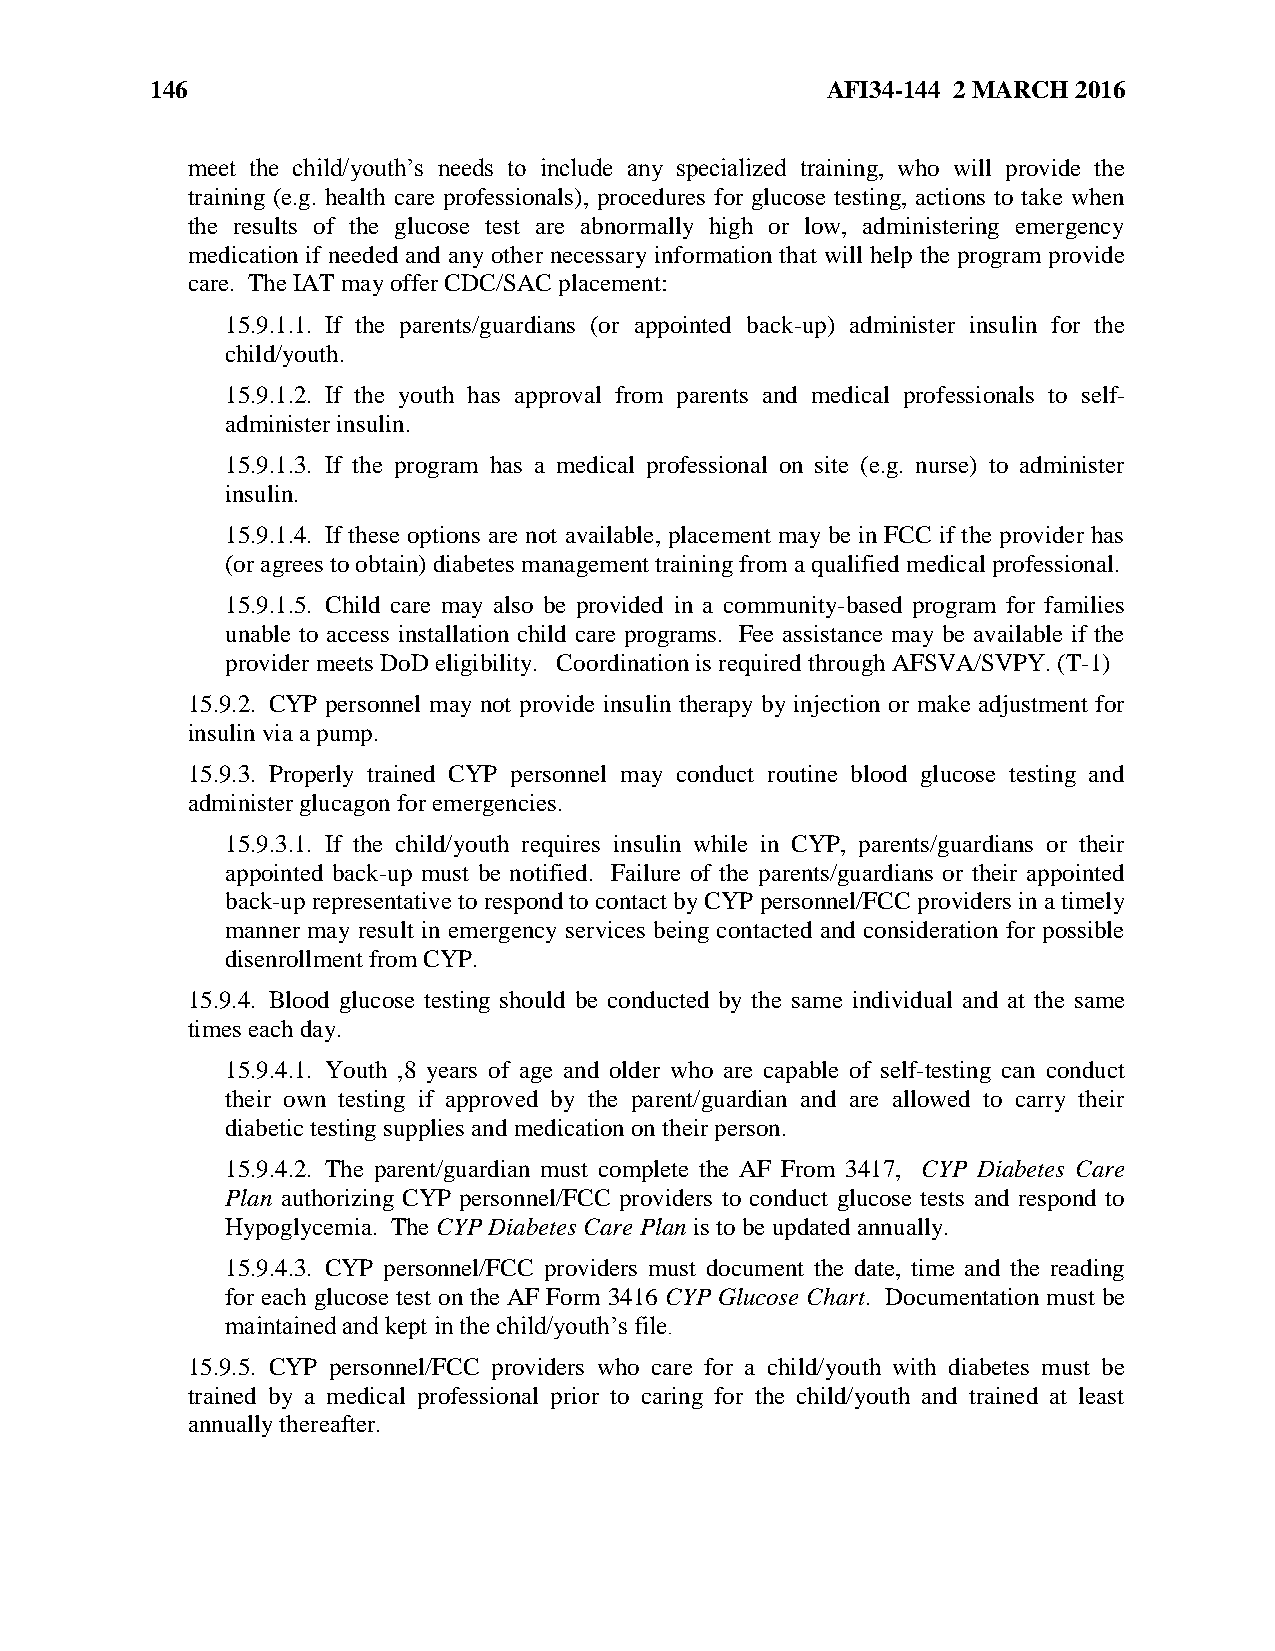
146                                          AFI34-144 2 MARCH 2016
 meet the child/youth’s needs to include any specialized training, who will provide the
 training (e.g. health care professionals), procedures for glucose testing, actions to take when
 the results of the glucose test are abnormally high or low, administering emergency
 medication if needed and any other necessary information that will help the program provide
 care. The IAT may offer CDC/SAC placement:
 15.9.1.1. If the parents/guardians (or appointed back-up) administer insulin for the
 child/youth.
 15.9.1.2. If the youth has approval from parents and medical professionals to self-
 administer insulin.
 15.9.1.3. If the program has a medical professional on site (e.g. nurse) to administer
 insulin.
 15.9.1.4. If these options are not available, placement may be in FCC if the provider has
 (or agrees to obtain) diabetes management training from a qualified medical professional.
 15.9.1.5. Child care may also be provided in a community-based program for families
 unable to access installation child care programs. Fee assistance may be available if the
 provider meets DoD eligibility. Coordination is required through AFSVA/SVPY. (T-1)
 15.9.2. CYP personnel may not provide insulin therapy by injection or make adjustment for
 insulin via a pump.
 15.9.3. Properly trained CYP personnel may conduct routine blood glucose testing and
 administer glucagon for emergencies.
 15.9.3.1. If the child/youth requires insulin while in CYP, parents/guardians or their
 appointed back-up must be notified. Failure of the parents/guardians or their appointed
 back-up representative to respond to contact by CYP personnel/FCC providers in a timely
 manner may result in emergency services being contacted and consideration for possible
 disenrollment from CYP.
 15.9.4. Blood glucose testing should be conducted by the same individual and at the same
 times each day.
 15.9.4.1. Youth ,8 years of age and older who are capable of self-testing can conduct
 their own testing if approved by the parent/guardian and are allowed to carry their
 diabetic testing supplies and medication on their person.
 15.9.4.2. The parent/guardian must complete the AF From 3417, CYP Diabetes Care
 Plan authorizing CYP personnel/FCC providers to conduct glucose tests and respond to
 Hypoglycemia. The CYP Diabetes Care Plan is to be updated annually.
 15.9.4.3. CYP personnel/FCC providers must document the date, time and the reading
 for each glucose test on the AF Form 3416 CYP Glucose Chart. Documentation must be
 maintained and kept in the child/youth’s file.
 15.9.5. CYP personnel/FCC providers who care for a child/youth with diabetes must be
 trained by a medical professional prior to caring for the child/youth and trained at least
 annually thereafter.